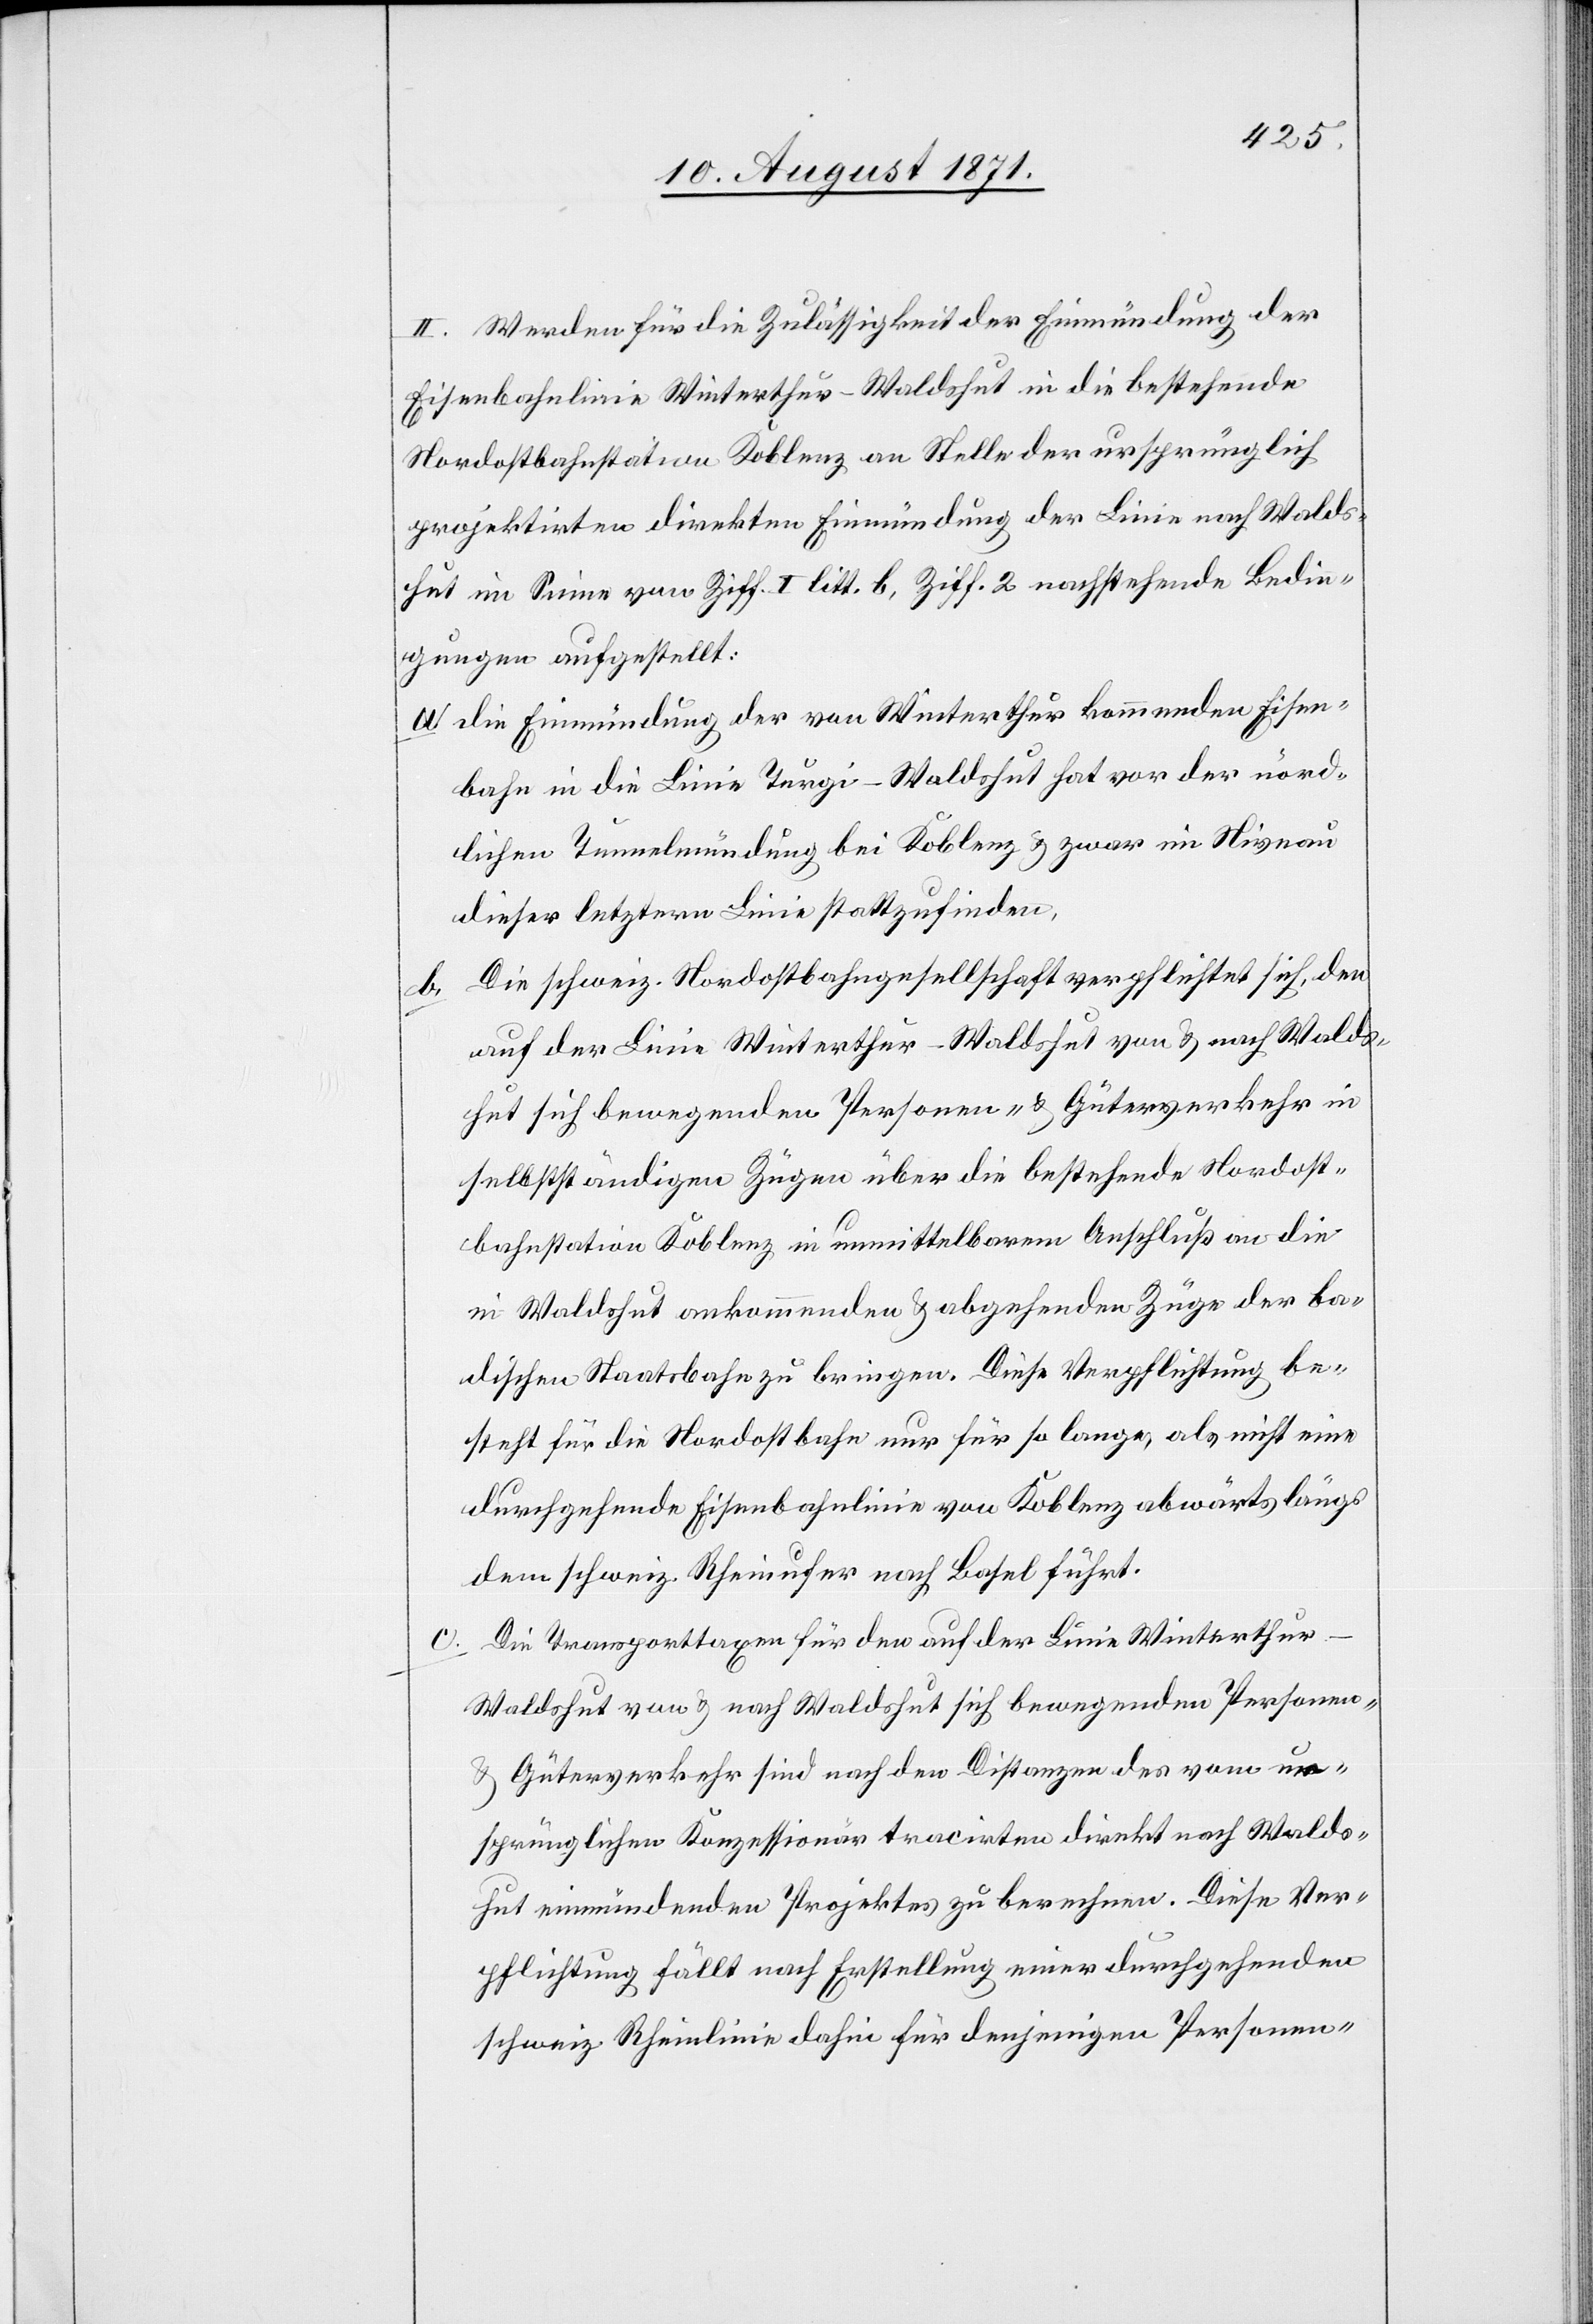
II. Werden für die Zulässigkeit der Einmündung der
Eisenbahnlinie Winterthur–Waldshut in die bestehende
Nordostbahnstation Koblenz an Stelle der ursprünglich
projektirten direkten Einmündung der Linien nach Walds¬
hut im Sinne von Ziff. I litt. b., Ziff. 2 nachstehende Bedin¬
gungen aufgestellt:
a. die Einmündung der von Winterthur kommenden Eisen¬
bahn in die Linie Turgi–Waldshut hat von der nörd¬
lichen Tunnelmündung bei Koblenz und zwar im Niveau
dieser letzteren Linie stattzufinden.
b. Die schweiz. Nordostbahngesellschaft verpflichtet sich, den
auf der Linie Winterthur–Waldshut von & nach Walds¬
hut sich bewegenden Personen- & Güterverkehr in
selbständigen Zügen über die bestehende Nordost¬
bahnstation Koblenz in unmittelbarem Anschluß an die
in Waldshut ankommenden & abgehenden Züge der ba¬
dischen Staatsbahn zu bringen. Diese Verpflichtung be¬
steht für die Nordostbahn nur für so lange, als nicht eine
durchgehende Eisenbahnlinie von Koblenz abwärts längs
dem schweiz. Rheinufer nach Basel führt.
Die Transporttaxen für den auf der Linie Winterthu¬
r–Waldshut von & nach Waldshut sich bewegenden Personen-
und Güterverkehr sind nach den Distanzen der vom ur¬
sprünglichen Konzessionär tracirten direkt nach Walds¬
hut einmündenden Projektes zu berechnen. Diese Ver¬
pflichtung fällt nach Erstellung einer durchgehenden
schweiz. Rheinlinie dahin für denjenigen Personen-